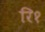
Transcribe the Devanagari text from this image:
रि१